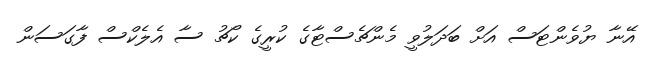
އޭނާ ޔުވެންޓަސް އަށް ބަދަލުވީ މެންޗެސްޓާގެ ކުރީގެ ކޯޗު ސާ އެލެކްސް ފާގަސަން